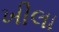
ખીલા